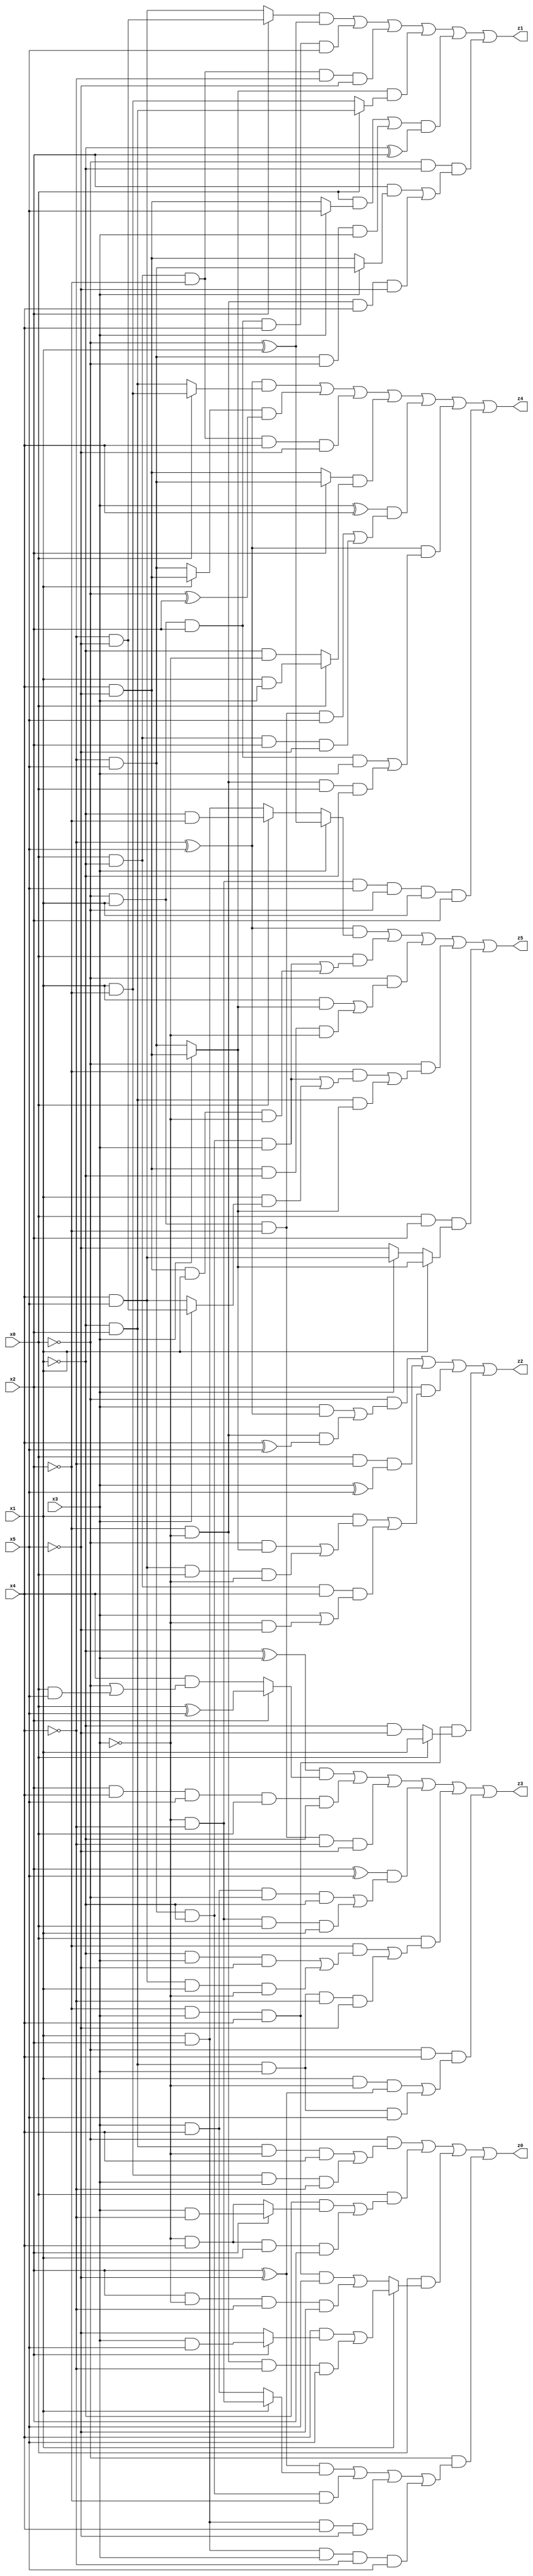
// Benchmark "X_15" written by ABC on Wed Jun 07 23:36:21 2023

module X_15 ( 
    x0, x1, x2, x3, x4, x5,
    z0, z1, z2, z3, z4, z5  );
  input  x0, x1, x2, x3, x4, x5;
  output z0, z1, z2, z3, z4, z5;
  assign z0 = (~x0 & ((~x1 & x2 & ~x3 & x4) | (x1 & ~x2 & x3 & ~x4))) | (x0 & ((~x1 & (x2 ? (x3 & ~x4) : (~x3 & x4))) | (~x3 & x4 & x1 & x2))) | (x0 & (x1 ? ((x4 & (x2 ? (x3 & x5) : ~x5)) | (~x2 & ~x3 & ~x4 & x5)) : ((~x2 & x3 & x4 & x5) | (x2 & ~x3 & ~x4 & ~x5)))) | (~x0 & (((x2 ^ ~x5) & (x1 ? (~x3 & ~x4) : (x3 & x4))) | (~x4 & x5 & ~x1 & ~x2) | (x1 & x2 & x4 & ~x5) | (x1 & x2 & x3 & ~x4 & x5)));
  assign z1 = ((x2 ? (~x4 & ~x5) : (x4 & x5)) & (~x0 ^ x1)) | (~x0 & x1 & x2 & x4 & x5) | (x0 & ~x1 & ~x2 & ~x4 & ~x5) | ((x3 ? (x4 & ~x5) : (~x4 & x5)) & (x0 ? (~x1 & x2) : (x1 & ~x2))) | (((x0 & (x3 ? x5 : (x4 & ~x5))) | (~x4 & x5 & ~x0 & x3)) & (~x1 ^ x2)) | (~x0 & ~x1 & ((x2 & (x3 ? (~x4 & x5) : (x4 & ~x5))) | (~x2 & ~x3 & x4 & ~x5)));
  assign z2 = (~x0 & ((x3 & (~x4 ^ x5)) | (~x2 & ~x3 & (x4 ^ x5)))) | (x0 & ~x4 & (x3 ^ x5)) | (x2 & ((x1 & ((~x0 & (x3 ? (x4 & ~x5) : (~x4 & x5))) | (x4 & x5 & x0 & ~x3))) | (x0 & ~x1 & x4 & (x3 | (~x3 & ~x5))))) | (~x2 & x3 & x4 & (x0 ? x1 : (~x1 & ~x5)));
  assign z3 = ((~x1 ^ x3) & (x2 ? (x0 ^ x5) : (x4 & (~x0 | (x0 & x5))))) | (x2 & x4 & x5 & x0 & ~x1) | (~x0 & x1 & ~x2 & ~x4 & ~x5) | ((x2 ^ x5) & ((x3 & x4 & ~x0 & ~x1) | (~x3 & ~x4 & x0 & x1))) | (x0 & ((~x2 & ((~x1 & x3 & ~x5) | (x4 & x5 & x1 & ~x3))) | (~x1 & x2 & x3 & ~x4 & ~x5))) | (~x0 & x4 & ((x1 & ~x3 & (x2 ^ ~x5)) | (~x1 & x2 & x3 & x5)));
  assign z4 = ((~x4 ^ x5) & (x0 ? (x1 & ~x2) : (~x1 & x2))) | ((x1 ? (x4 & ~x5) : (~x4 & x5)) & (~x0 ^ x2)) | (x0 & ~x1 & ~x2 & x4 & ~x5) | ((x2 ? (~x4 & x5) : (x4 & ~x5)) & (x0 ? (x1 & x3) : (~x1 & ~x3))) | ((x3 ^ x4) & ((~x0 & x1 & ~x2 & x5) | (x0 & ~x1 & x2 & ~x5))) | ((~x4 ^ x5) & ((~x0 & x1 & x2 & x3) | (~x2 & ~x3 & x0 & ~x1))) | (~x3 & ~x4 & x5 & ~x0 & x1 & x2);
  assign z5 = ((~x4 ^ x5) & (x3 ? (~x0 ^ x1) : (x0 ? (~x1 & ~x2) : (x1 & x2)))) | (x0 & ((~x4 & x5 & ~x1 & x3) | (x4 & ~x5 & x1 & ~x3))) | (~x0 & ((x1 & (x3 ? (x4 & ~x5) : (~x4 & x5))) | (x4 & ~x5 & ~x1 & ~x3))) | (~x0 & ((~x2 & ((~x4 & x5 & ~x1 & x3) | (x1 & (x3 ? (~x4 & ~x5) : (x4 & x5))))) | (~x1 & x2 & (x3 ? (x4 & ~x5) : (~x4 & x5))))) | (x0 & x2 & (x1 ? (x3 ? (x4 & ~x5) : (~x4 & x5)) : (x3 ? (x4 & x5) : ~x5)));
endmodule